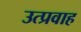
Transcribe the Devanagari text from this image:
उत्प्रवाह